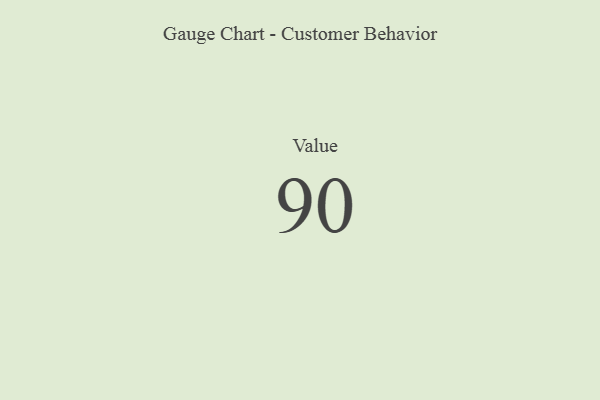
{"axis": {"x": "Metric", "y": "Value"}, "legend": [""], "data": [{"x": "Value", "y": 90, "type": ""}]}